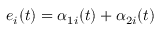
e _ { i } ( t ) = \alpha _ { 1 i } ( t ) + \alpha _ { 2 i } ( t )